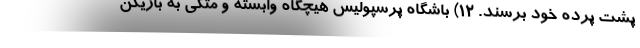
پشت پرده خود برسند. ۱۲) باشگاه پرسپولیس هیچگاه وابسته و متکی به بازیکن